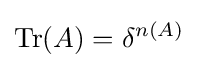
{\text{Tr}}(A)=\delta ^{n(A)}